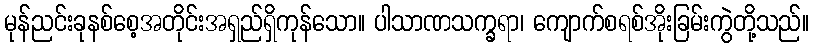
မုန်ညင်းခုနစ်စေ့အတိုင်းအရှည်ရှိကုန်သော။ ပါသာဏသက္ခရာ၊ ကျောက်စရစ်အိုးခြမ်းကွဲတို့သည်။